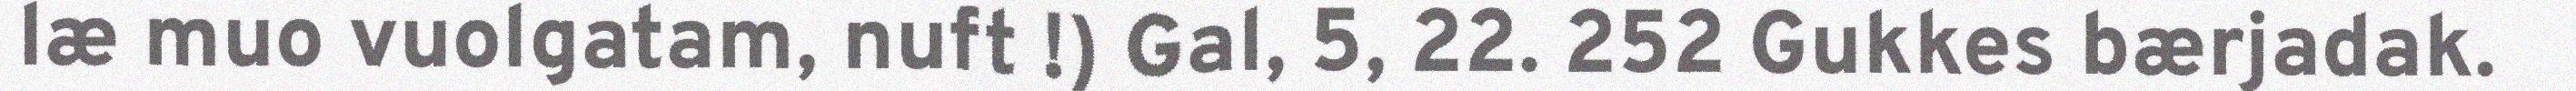
læ muo vuolgatam, nuft !) Gal, 5, 22. 252 Gukkes bærjadak.